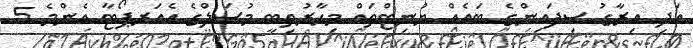
އަދި އިރާގު ސިފައިންގެ ބައެއް ޔުނިޓްތައް މިހާރުތިބީ މުސަލްގެ އެއަރޕޯޓާ އެންމެ 5